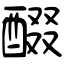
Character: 醊